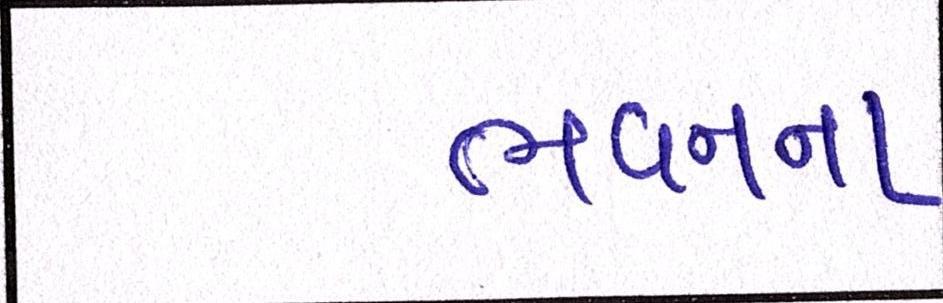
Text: ભવનના